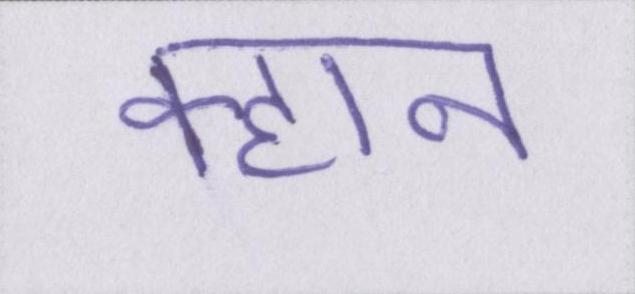
क्हान